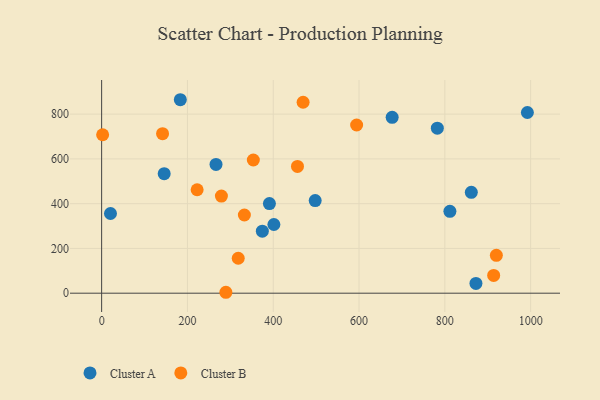
{"axis": {"x": "Experience", "y": "Exam Score"}, "legend": ["Cluster A", "Cluster B"], "data": [{"x": "992.4", "y": 807.3, "type": "Cluster A"}, {"x": "391.1", "y": 400.2, "type": "Cluster A"}, {"x": "374.6", "y": 277.2, "type": "Cluster A"}, {"x": "872.5", "y": 43.6, "type": "Cluster A"}, {"x": "183.4", "y": 864.3, "type": "Cluster A"}, {"x": "497.8", "y": 413.7, "type": "Cluster A"}, {"x": "401.5", "y": 306.8, "type": "Cluster A"}, {"x": "811.8", "y": 365.6, "type": "Cluster A"}, {"x": "145.8", "y": 534.1, "type": "Cluster A"}, {"x": "677.2", "y": 785.5, "type": "Cluster A"}, {"x": "20.6", "y": 356.1, "type": "Cluster A"}, {"x": "266.6", "y": 575.3, "type": "Cluster A"}, {"x": "782.5", "y": 737.2, "type": "Cluster A"}, {"x": "861.7", "y": 450.7, "type": "Cluster A"}, {"x": "222.6", "y": 462.2, "type": "Cluster B"}, {"x": "318.4", "y": 156.0, "type": "Cluster B"}, {"x": "456.5", "y": 566.3, "type": "Cluster B"}, {"x": "594.4", "y": 751.4, "type": "Cluster B"}, {"x": "469.6", "y": 853.1, "type": "Cluster B"}, {"x": "332.7", "y": 349.4, "type": "Cluster B"}, {"x": "920.1", "y": 169.2, "type": "Cluster B"}, {"x": "142.0", "y": 712.5, "type": "Cluster B"}, {"x": "2.3", "y": 707.9, "type": "Cluster B"}, {"x": "353.6", "y": 595.1, "type": "Cluster B"}, {"x": "289.6", "y": 4.1, "type": "Cluster B"}, {"x": "913.8", "y": 79.5, "type": "Cluster B"}, {"x": "279.2", "y": 434.0, "type": "Cluster B"}]}